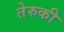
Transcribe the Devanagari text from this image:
तेरुकी